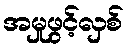
အမှုဖွင့်လှစ်